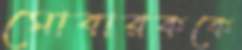
মোবারককে